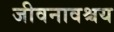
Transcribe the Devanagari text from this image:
जीवनावश्चय